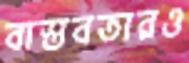
বাস্তবতারও